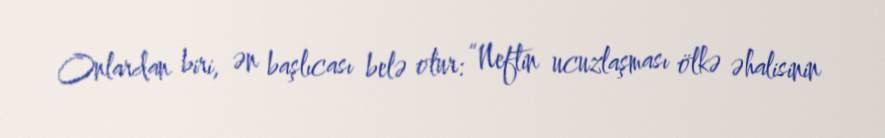
Onlardan biri, ən başlıcası belə olur: “Neftin ucuzlaşması ölkə əhalisinin